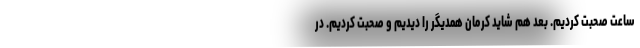
ساعت صحبت کردیم. بعد هم شاید کرمان همدیگر را دیدیم و صحبت کردیم. در